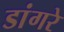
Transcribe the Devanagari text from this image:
डांगरे